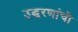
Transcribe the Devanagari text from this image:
उद्धरणांची